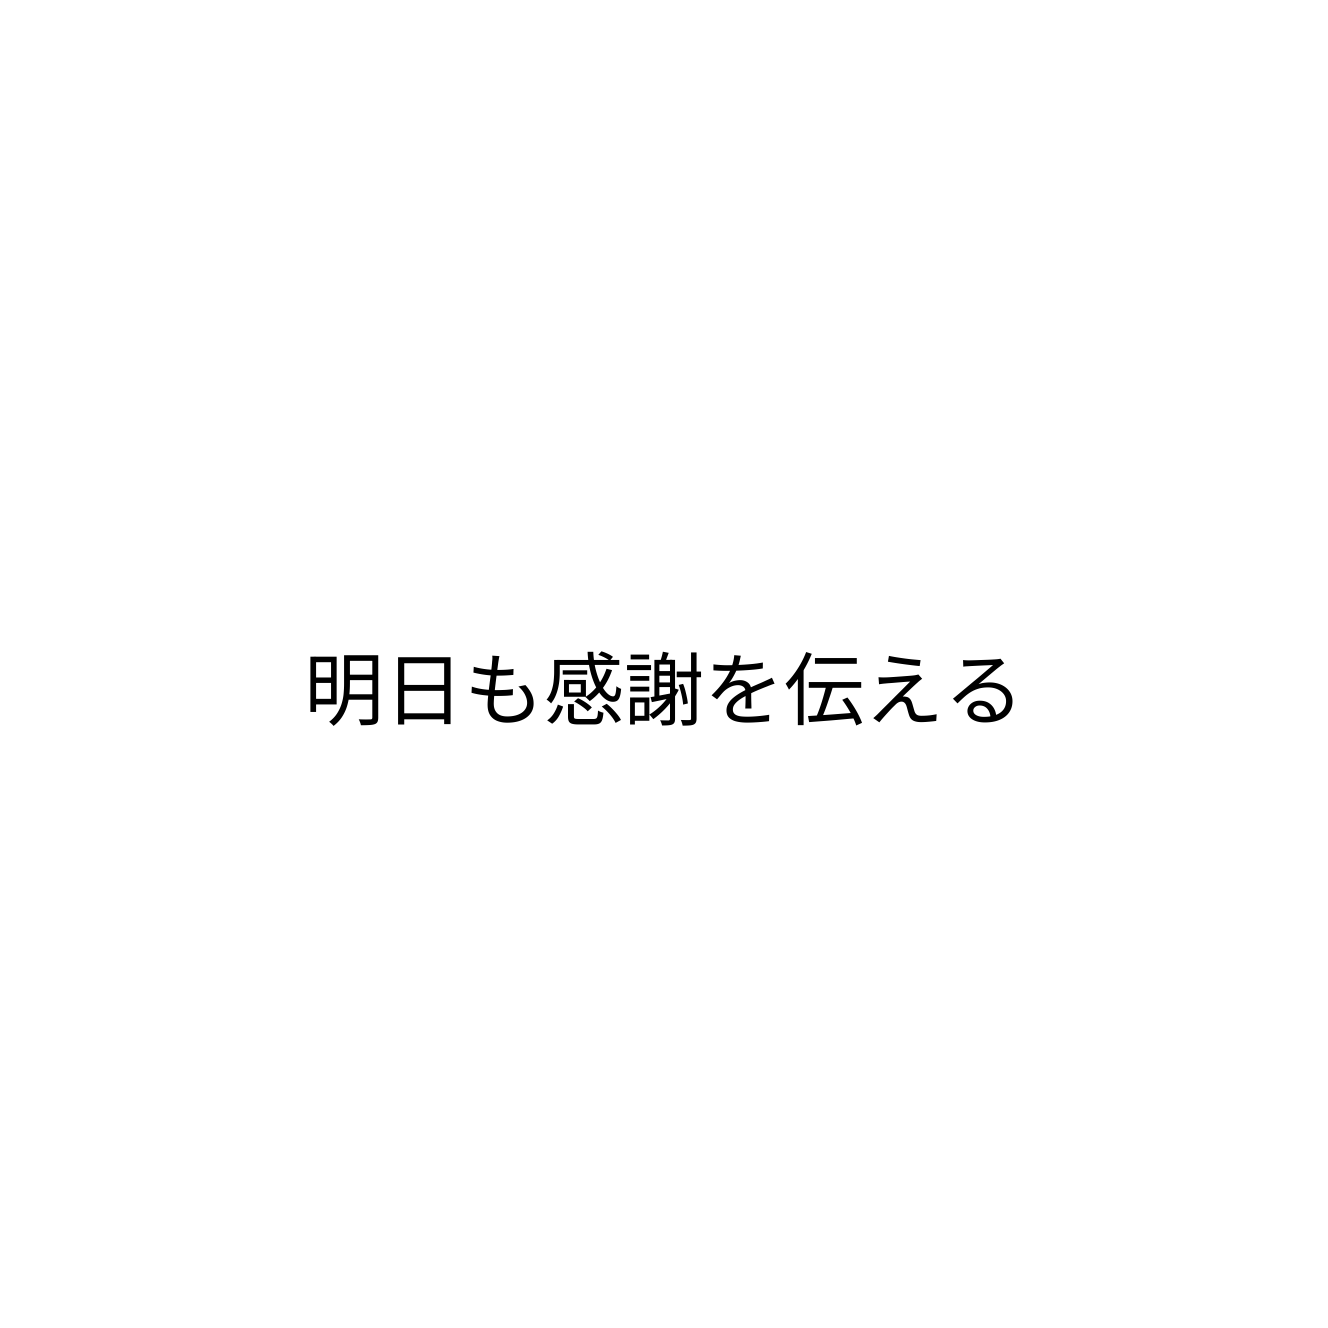
明日も感謝を伝える